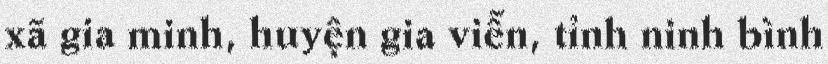
xã gia minh, huyện gia viễn, tỉnh ninh bình